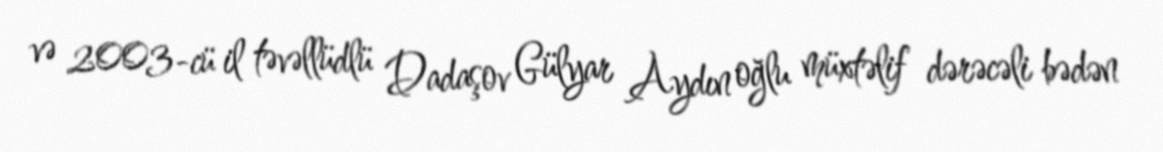
və 2003-cü il təvəllüdlü Dadaşov Gülyar Aydın oğlu müxtəlif dərəcəli bədən